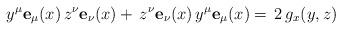
LaTeX: \begin{align*}y^\mu{\bf e}_\mu (x) \, z^\nu{\bf e}_\nu(x)+\,z^\nu{\bf e}_\nu(x)\, y^\mu {\bf e}_\mu(x) =\,2\,g_x(y,z)\end{align*}